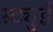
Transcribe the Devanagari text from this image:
स्ट्युई